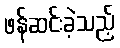
ဖန်ဆင်းခဲ့သည့်